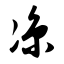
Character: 凉